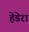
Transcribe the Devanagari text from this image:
हेडेरा